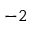
^ { - 2 }